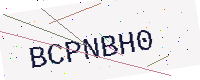
Text: BCPNBH0